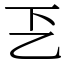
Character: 乤